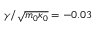
\gamma / \sqrt { m _ { 0 } \kappa _ { 0 } } = - 0 . 0 3